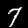
Digit: 7